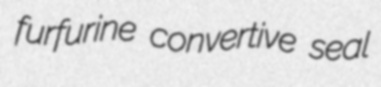
furfurine convertive seal